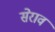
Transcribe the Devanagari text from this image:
सेराव